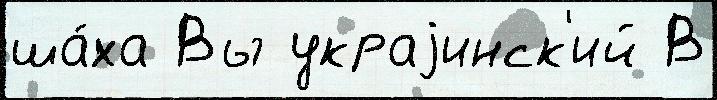
ша́ха Вы украjинск'ий В